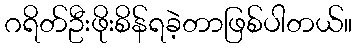
ဂရိတ်ဦးဖိုးစိန်ရခဲ့တာဖြစ်ပါတယ်။